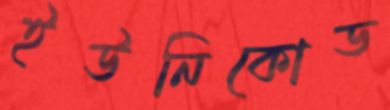
ইউনিকোড